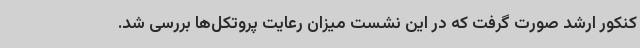
کنکور ارشد صورت گرفت که در این نشست میزان رعایت پروتکل‌ها بررسی شد.